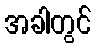
အခါတွင်